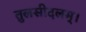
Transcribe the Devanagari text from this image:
तुलसीदलम्।